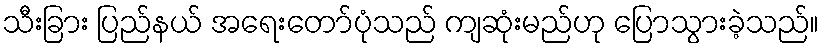
သီးခြား ပြည်နယ် အရေးတော်ပုံသည် ကျဆုံးမည်ဟု ပြောသွားခဲ့သည်။